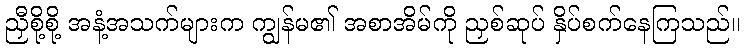
ညှီစို့စို့ အနံ့အသက်များက ကျွန်မ၏ အစာအိမ်ကို ညှစ်ဆုပ် နှိပ်စက်နေကြသည်။